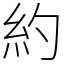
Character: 約